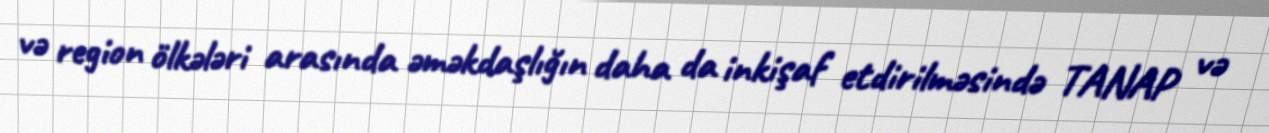
və region ölkələri arasında əməkdaşlığın daha da inkişaf etdirilməsində TANAP və